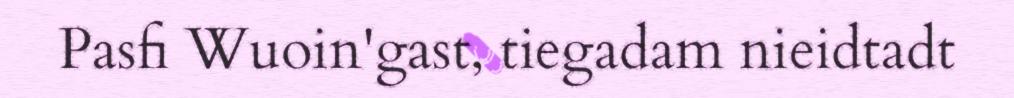
Pasfi Wuoin'gast, tiegadam nieidtadt